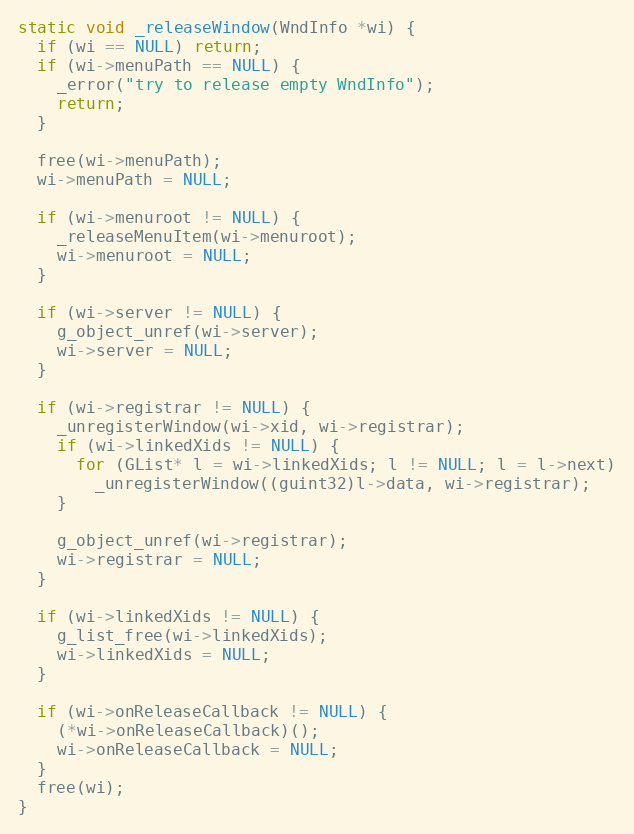
Language: C
static void _releaseWindow(WndInfo *wi) {
  if (wi == NULL) return;
  if (wi->menuPath == NULL) {
    _error("try to release empty WndInfo");
    return;
  }

  free(wi->menuPath);
  wi->menuPath = NULL;

  if (wi->menuroot != NULL) {
    _releaseMenuItem(wi->menuroot);
    wi->menuroot = NULL;
  }

  if (wi->server != NULL) {
    g_object_unref(wi->server);
    wi->server = NULL;
  }

  if (wi->registrar != NULL) {
    _unregisterWindow(wi->xid, wi->registrar);
    if (wi->linkedXids != NULL) {
      for (GList* l = wi->linkedXids; l != NULL; l = l->next)
        _unregisterWindow((guint32)l->data, wi->registrar);
    }

    g_object_unref(wi->registrar);
    wi->registrar = NULL;
  }

  if (wi->linkedXids != NULL) {
    g_list_free(wi->linkedXids);
    wi->linkedXids = NULL;
  }

  if (wi->onReleaseCallback != NULL) {
    (*wi->onReleaseCallback)();
    wi->onReleaseCallback = NULL;
  }
  free(wi);
}